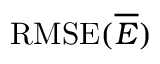
\mathrm { R M S E } ( \overline { { E } } )